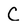
Character: C